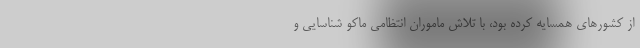
از کشورهای همسایه کرده بود، با تلاش ماموران انتظامی ماکو شناسایی و